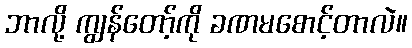
ဘာလို့ ကျွန်တော့်ကို ခဏမစောင့်တာလဲ။